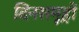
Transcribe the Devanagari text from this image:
दिनसमूहों